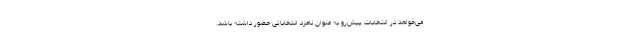
می‌خواهد در انتخابات پیش‌رو به عنوان نامزد انتخاباتی حضور داشته باشد.